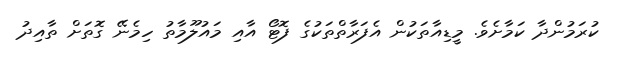
ކުރަމުންދާ ކަމާށެވެ. މީޑިއާތަކުން އެފަރާތްތަކުގެ ފޮޓޯ އާއި މައުލޫމާތު ހިމެނޭ ގޮތަށް ތާއިދު